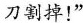
刀割掉！”